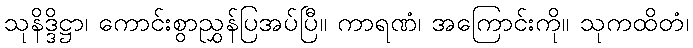
သုနိဒ္ဒိဋ္ဌာ၊ ကောင်းစွာညွှန်ပြအပ်ပြီ။ ကာရဏံ၊ အကြောင်းကို။ သုကထိတံ၊